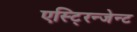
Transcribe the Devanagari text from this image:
एस्टि्रन्जेन्ट